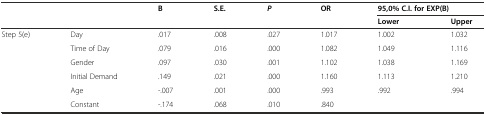
<table><thead><tr><td rowspan="2" colspan="2"></td><td rowspan="2"><b>B</b></td><td rowspan="2"><b>S.E.</b></td><td rowspan="2"><b><i>P</i></b></td><td rowspan="2"><b>OR</b></td><td colspan="2"><b>95,0% C.I. for EXP(B)</b></td></tr><tr><td><b>Lower</b></td><td><b>Upper</b></td></tr></thead><tbody><tr><td>Step 5(e)</td><td>Day</td><td>.017</td><td>.008</td><td>.027</td><td>1.017</td><td>1.002</td><td>1.032</td></tr><tr><td></td><td>Time of Day</td><td>.079</td><td>.016</td><td>.000</td><td>1.082</td><td>1.049</td><td>1.116</td></tr><tr><td></td><td>Gender</td><td>.097</td><td>.030</td><td>.001</td><td>1.102</td><td>1.038</td><td>1.169</td></tr><tr><td></td><td>Initial Demand</td><td>.149</td><td>.021</td><td>.000</td><td>1.160</td><td>1.113</td><td>1.210</td></tr><tr><td></td><td>Age</td><td>-.007</td><td>.001</td><td>.000</td><td>.993</td><td>.992</td><td>.994</td></tr><tr><td></td><td>Constant</td><td>-.174</td><td>.068</td><td>.010</td><td>.840</td><td></td><td></td></tr></tbody></table>